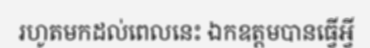
រហូតមកដល់ពេលនេះ ឯកឧត្តមបានធ្វើអ្វី